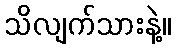
သိလျက်သားနဲ့။